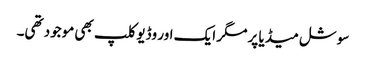
سوشل میڈیا پر مگر ایک اور وڈیو کلپ بھی موجود تھی۔